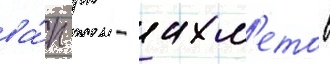
ва́п рк - ахм'етов